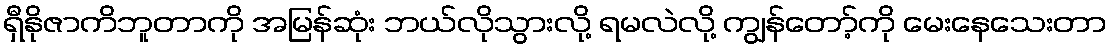
ရှီနိုဇာကိဘူတာကို အမြန်ဆုံး ဘယ်လိုသွားလို့ ရမလဲလို့ ကျွန်တော့်ကို မေးနေသေးတာ